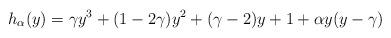
LaTeX: \begin{align*}h_{\alpha}(y)=\gamma y^{3}+(1-2\gamma)y^{2}+(\gamma -2)y+1 + \alpha y(y-\gamma)\end{align*}